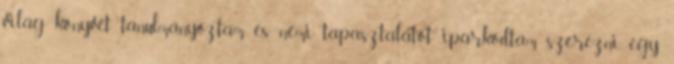
világ könyvét tanulmányoztam és némi tapasztalatot iparkodtam szerezni, egy